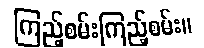
ကြည့်စမ်းကြည့်စမ်း။